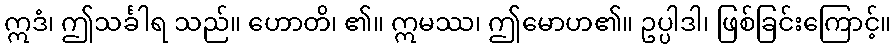
ဣဒံ၊ ဤသင်္ခါရ သည်။ ဟောတိ၊ ၏။ ဣမဿ၊ ဤမောဟ၏။ ဥပ္ပါဒါ၊ ဖြစ်ခြင်းကြောင့်။